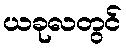
ယခုလတွင်